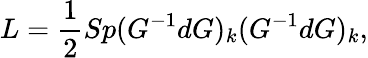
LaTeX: L={\frac{1}{2}}Sp(G^{-1}dG)_{k}(G^{-1}dG)_{k},